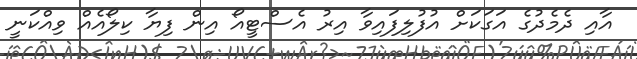
އާއި ދެމެދުގެ އަގަކަށް އުފުލިފައިވާ އިރު އެސްޓީއޯ އިން ފިޔާ ކިލޯއެއް ވިއްކަނީ